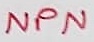
Text: NPN